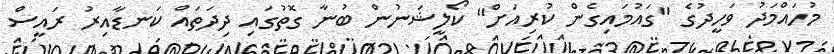
މުހައްމަދު ވަހީދުގެ "ގައުމައިގެން ކުރިއަށް" ކޯލީޝަނުން ބުނާ ގޮތުގައި ދިދަތައް ކަނޑާއިރު ރައީސް